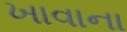
ખાવાના